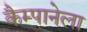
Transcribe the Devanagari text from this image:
कैम्पानेला